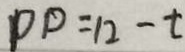
p p = 1 2 - t